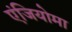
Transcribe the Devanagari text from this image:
एंजियोमा